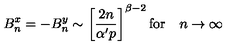
B _ { n } ^ { x } = - B _ { n } ^ { y } \sim \left[ \frac { 2 n } { \alpha ^ { \prime } p } \right] ^ { \beta - 2 } \mathrm { f o r } \quad n \rightarrow \infty